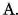
A.